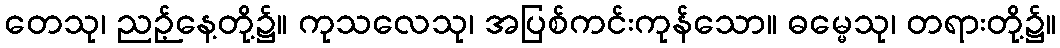
တေသု၊ ညဉ့်နေ့တို့၌။ ကုသလေသု၊ အပြစ်ကင်းကုန်သော။ ဓမ္မေသု၊ တရားတို့၌။